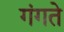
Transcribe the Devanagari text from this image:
गंगते